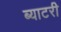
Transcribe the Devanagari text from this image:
ब्याटरी